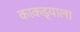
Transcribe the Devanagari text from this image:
काकड्याला